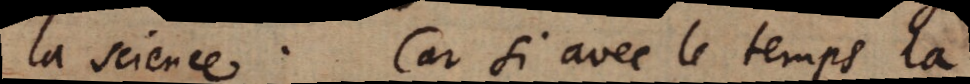
la science. Car si avec le temps la